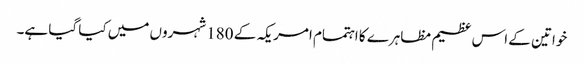
خواتین کے اس عظیم مظاہرے کا اہتمام امریکہ کے 180 شہروں میں کیا گیا ہے۔